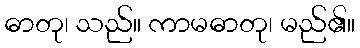
ဓာတု၊ သည်။ ကာမဓာတု၊ မည်၏။